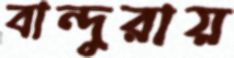
বান্দুরায়